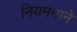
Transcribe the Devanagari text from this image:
नियमनाने